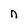
Character: n